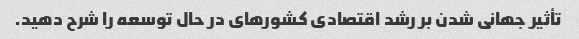
تأثیر جهانی شدن بر رشد اقتصادی کشورهای در حال توسعه را شرح دهید.